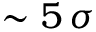
\sim 5 \, \sigma